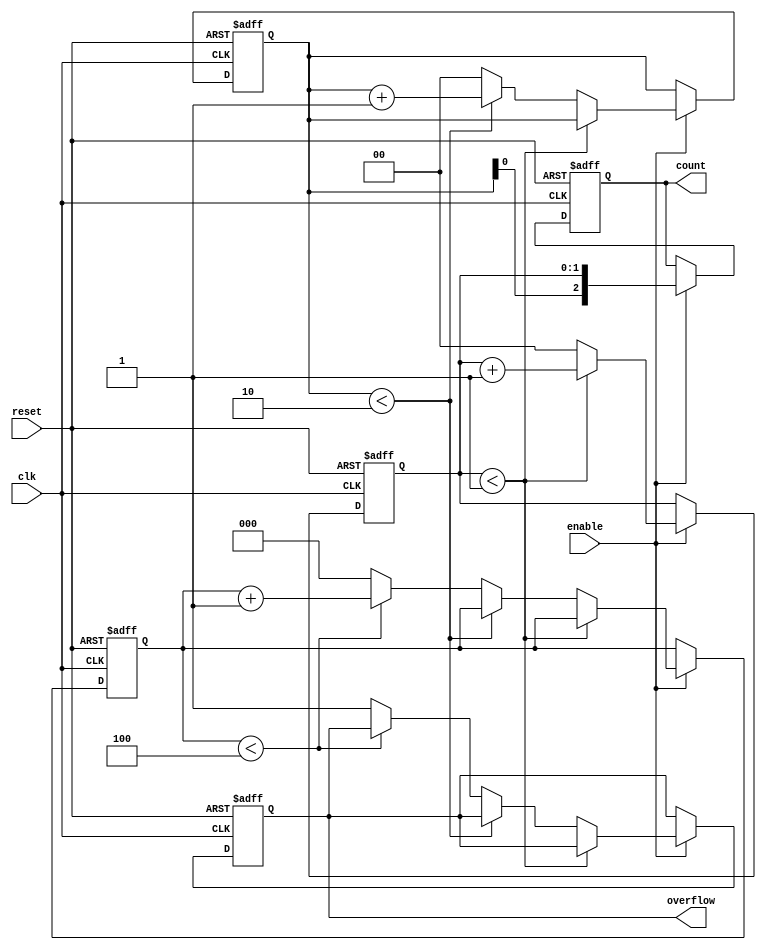
module mixed_radix_counter #(
    parameter RADIX0 = 2,  // Radix for least significant digit
    parameter RADIX1 = 3,  // Radix for second digit
    parameter RADIX2 = 5   // Radix for most significant digit
) (
    input wire clk,        // Clock input
    input wire reset,      // Asynchronous reset
    input wire enable,     // Enable signal
    output reg [2:0] count, // Current count value (3 bits for 0-30)
    output reg overflow    // Overflow indicator
);

    // Internal registers for each digit
    reg [1:0] digit0;  // 2 bits for radix 2
    reg [1:0] digit1;  // 2 bits for radix 3
    reg [2:0] digit2;  // 3 bits for radix 5

    // Maximum count value
    localparam MAX_COUNT = RADIX0 * RADIX1 * RADIX2;

    // Count logic
    always @(posedge clk or posedge reset) begin
        if (reset) begin
            // Reset all digits
            digit0 <= 0;
            digit1 <= 0;
            digit2 <= 0;
            count <= 0;
            overflow <= 0;
        end else if (enable) begin
            // Increment the least significant digit
            if (digit0 < RADIX0 - 1) begin
                digit0 <= digit0 + 1;
            end else begin
                digit0 <= 0; // Reset LSD
                // Increment the next digit
                if (digit1 < RADIX1 - 1) begin
                    digit1 <= digit1 + 1;
                end else begin
                    digit1 <= 0; // Reset second digit
                    // Increment the most significant digit
                    if (digit2 < RADIX2 - 1) begin
                        digit2 <= digit2 + 1;
                    end else begin
                        digit2 <= 0; // Reset MSB
                        overflow <= 1; // Set overflow
                    end
                end
            end
            // Combine digits into the count output
            count <= {digit2, digit1, digit0};
        end
    end

endmodule